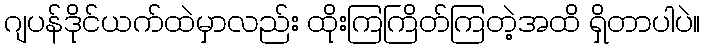
ဂျပန်ဒိုင်ယက်ထဲမှာလည်း ထိုးကြကြိတ်ကြတဲ့အထိ ရှိတာပါပဲ။